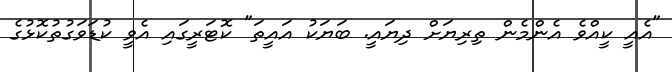
"އެއީ ކީއްވެ އެންމެން ތިރިޔަށް ދިޔައީ. ބަޔަކު އައީތަ" ކޮޓަރީގައި އެވީ ކުޑަވަގުތުކޮޅުގެ